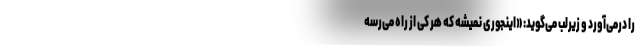
را درمی‌آورد و زیرلب می‌گوید: «اینجوری نمیشه که هر کی از راه می‌رسه